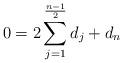
LaTeX: \begin{align*} 0=2\sum_{j=1}^{\frac{n-1}{2}}d_j+d_n\end{align*}